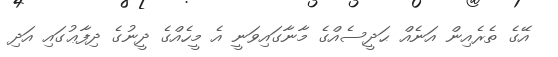
އޭގެ ތެރެއިން އަނެއް ޙަދީސެއްގެ މާނާގައިވަނީ އެ މީހެއްގެ ދީނުގެ ދިފާޢުގައި އަދި